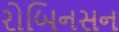
રોબિનસન